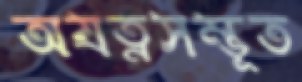
অযত্নসম্ভূত